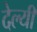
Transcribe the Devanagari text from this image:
देल्यी